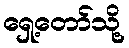
ရှေ့တော်သို့